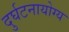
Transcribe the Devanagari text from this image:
दुर्घटनायोग्य